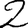
Digit: 2